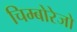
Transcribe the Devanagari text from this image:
चिम्बोरेजो